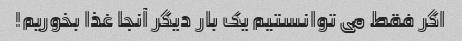
اگر فقط می توانستیم یک بار دیگر آنجا غذا بخوریم!